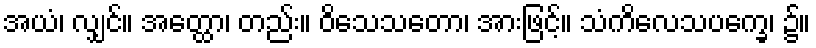
အယံ၊ လျှင်။ အတ္ထော၊ တည်း။ ဝိသေသတော၊ အားဖြင့်။ သံကိလေသပက္ခေ၊ ၌။